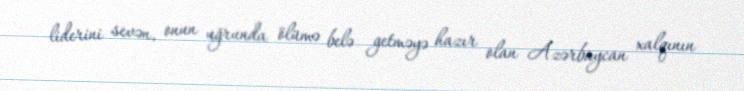
liderini sevən, onun uğrunda ölümə belə getməyə hazır olan Azərbaycan xalqının